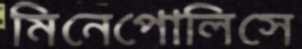
মিনেপোলিসে